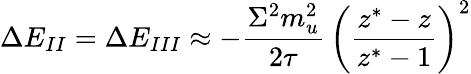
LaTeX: \Delta E_{II}=\Delta E_{III}\approx-{\frac{\Sigma^{2}m_{u}^{2}}{2\tau}}\, \left({\frac{z^{\ast}-z}{z^{\ast}-1}}\right)^{2}